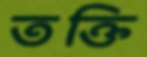
তক্তি